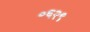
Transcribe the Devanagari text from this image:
०६२९